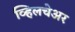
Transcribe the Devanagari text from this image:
व्हिलचेअर